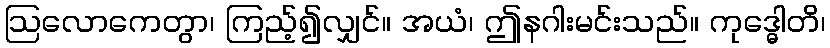
ဩလောကေတွာ၊ ကြည့်၍လျှင်။ အယံ၊ ဤနဂါးမင်းသည်။ ကုဒ္ဓေါတိ၊